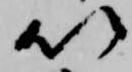
以